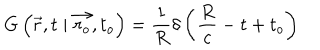
LaTeX: G \left( \vec { r } , t \mid \vec { r _ { o } } , t _ { o } \right) = \frac { 1 } { R } \delta \left( \frac { R } { c } - t + t _ { o } \right)